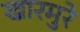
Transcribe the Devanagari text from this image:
खारमुरे